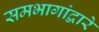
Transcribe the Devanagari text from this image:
समभागांद्वारे